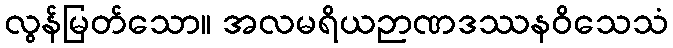
လွန်မြတ်သော။ အလမရိယဉာဏဒဿနဝိသေသံ